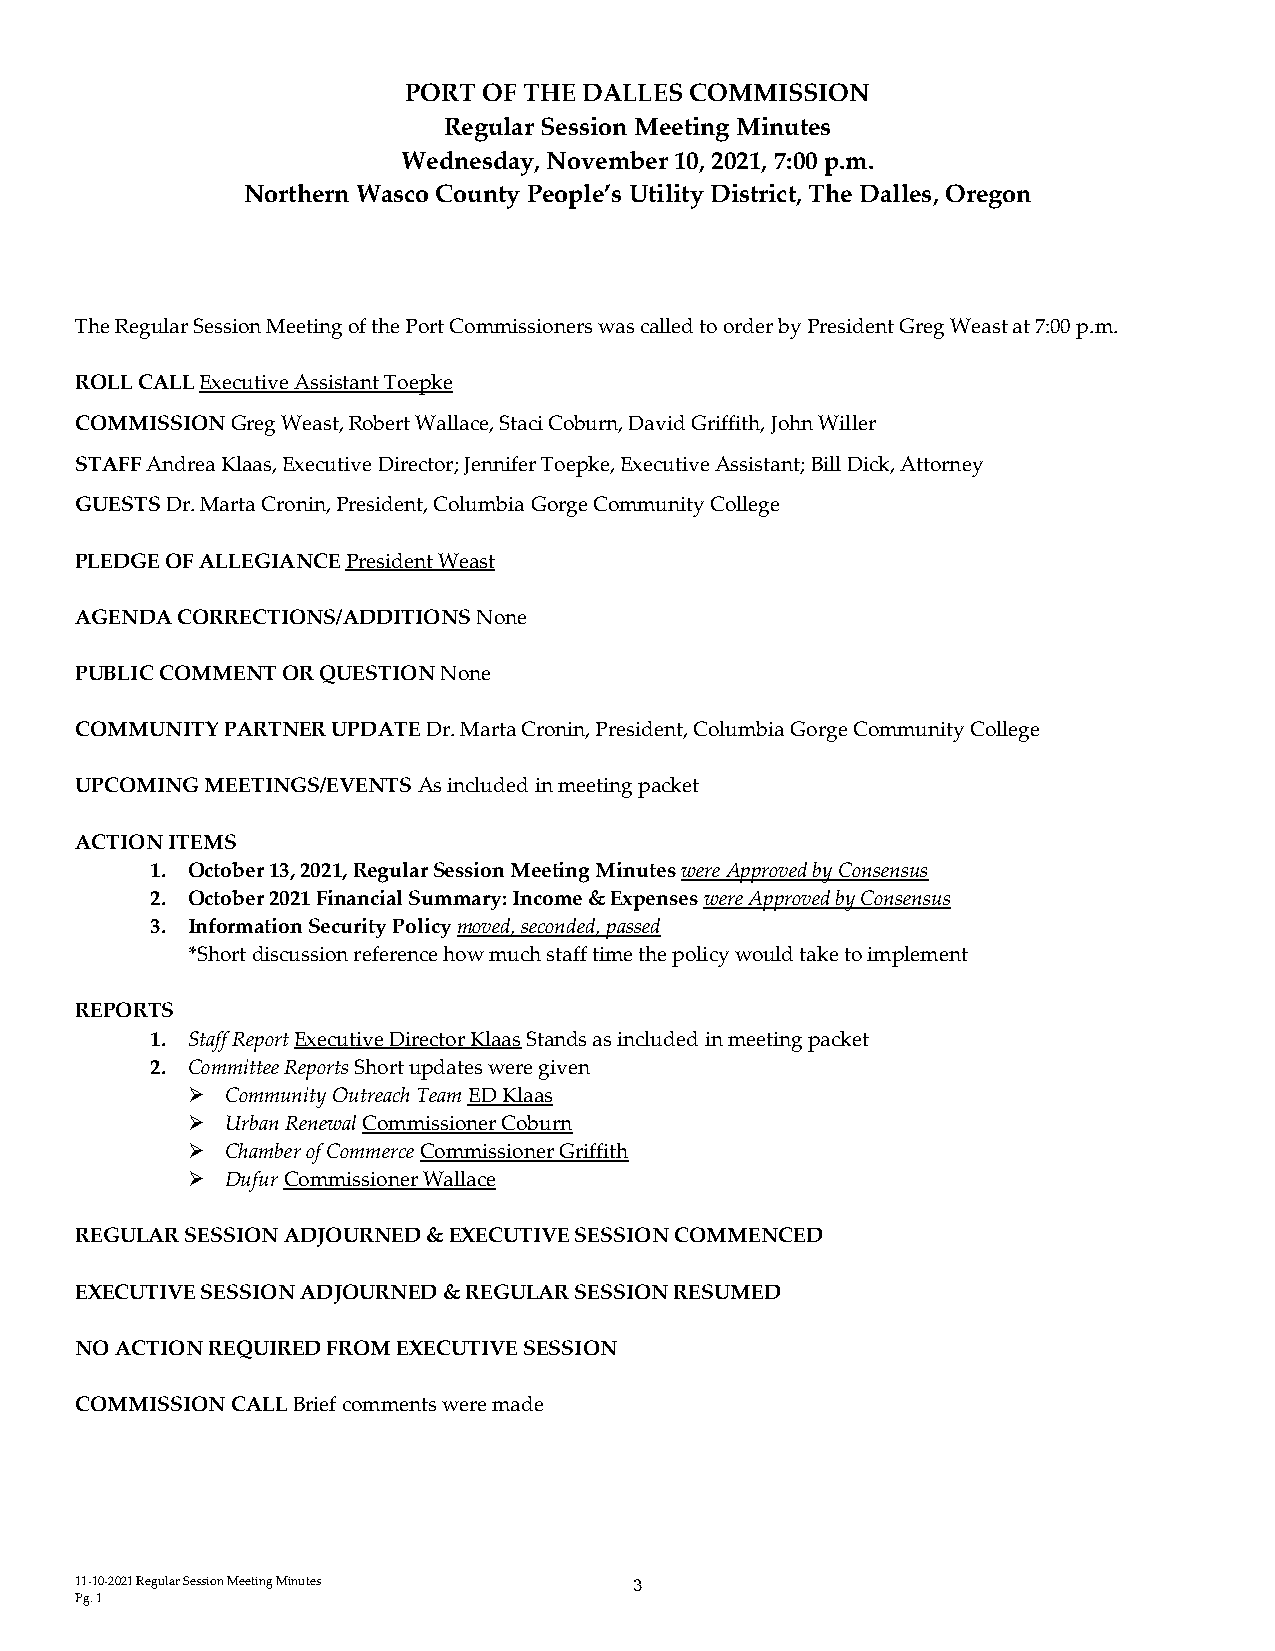
PORT OF THE DALLES COMMISSION
 Regular Session Meeting Minutes
 Wednesday, November 10, 2021, 7:00 p.m.
 Northern Wasco County People’s Utility District, The Dalles, Oregon
 The Regular Session Meeting of the Port Commissioners was called to order by President Greg Weast at 7:00 p.m.
 ROLL CALL Executive Assistant Toepke
 COMMISSION Greg Weast, Robert Wallace, Staci Coburn, David Griffith, John Willer
 STAFF Andrea Klaas, Executive Director; Jennifer Toepke, Executive Assistant; Bill Dick, Attorney
 GUESTS Dr. Marta Cronin, President, Columbia Gorge Community College
 PLEDGE OF ALLEGIANCE President Weast
 AGENDA CORRECTIONS/ADDITIONS None
 PUBLIC COMMENT OR QUESTION None
 COMMUNITY PARTNER UPDATE Dr. Marta Cronin, President, Columbia Gorge Community College
 UPCOMING MEETINGS/EVENTS As included in meeting packet
 ACTION ITEMS
 1. October 13, 2021, Regular Session Meeting Minutes were Approved by Consensus
 2. October 2021 Financial Summary: Income & Expenses were Approved by Consensus
 3. Information Security Policy moved, seconded, passed
 *Short discussion reference how much staff time the policy would take to implement
 REPORTS
 1. Staff Report Executive Director Klaas Stands as included in meeting packet
 2. Committee Reports Short updates were given
   Community Outreach Team ED Klaas
   Urban Renewal Commissioner Coburn
   Chamber of Commerce Commissioner Griffith
   Dufur Commissioner Wallace
 REGULAR SESSION ADJOURNED & EXECUTIVE SESSION COMMENCED
 EXECUTIVE SESSION ADJOURNED & REGULAR SESSION RESUMED
 NO ACTION REQUIRED FROM EXECUTIVE SESSION
 COMMISSION CALL Brief comments were made
 11-10-2021 Regular Session Meeting Minutes 3
 Pg. 1